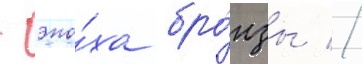
- эпо́ха бро́нзы //